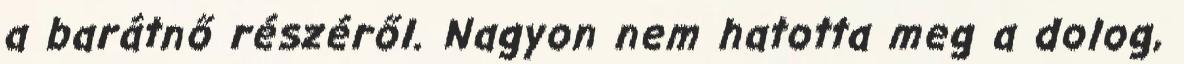
a barátnő részéről. Nagyon nem hatotta meg a dolog,